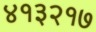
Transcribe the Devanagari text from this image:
४१३२१७